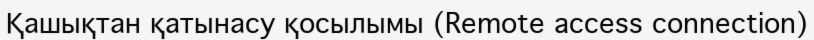
Қашықтан қатынасу қосылымы (Remote access connection)